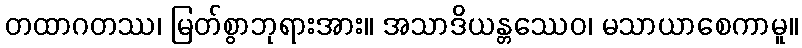
တထာဂတဿ၊ မြတ်စွာဘုရားအား။ အသာဒိယန္တဿေဝ၊ မသာယာစေကာမူ။